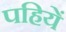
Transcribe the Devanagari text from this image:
पहियें